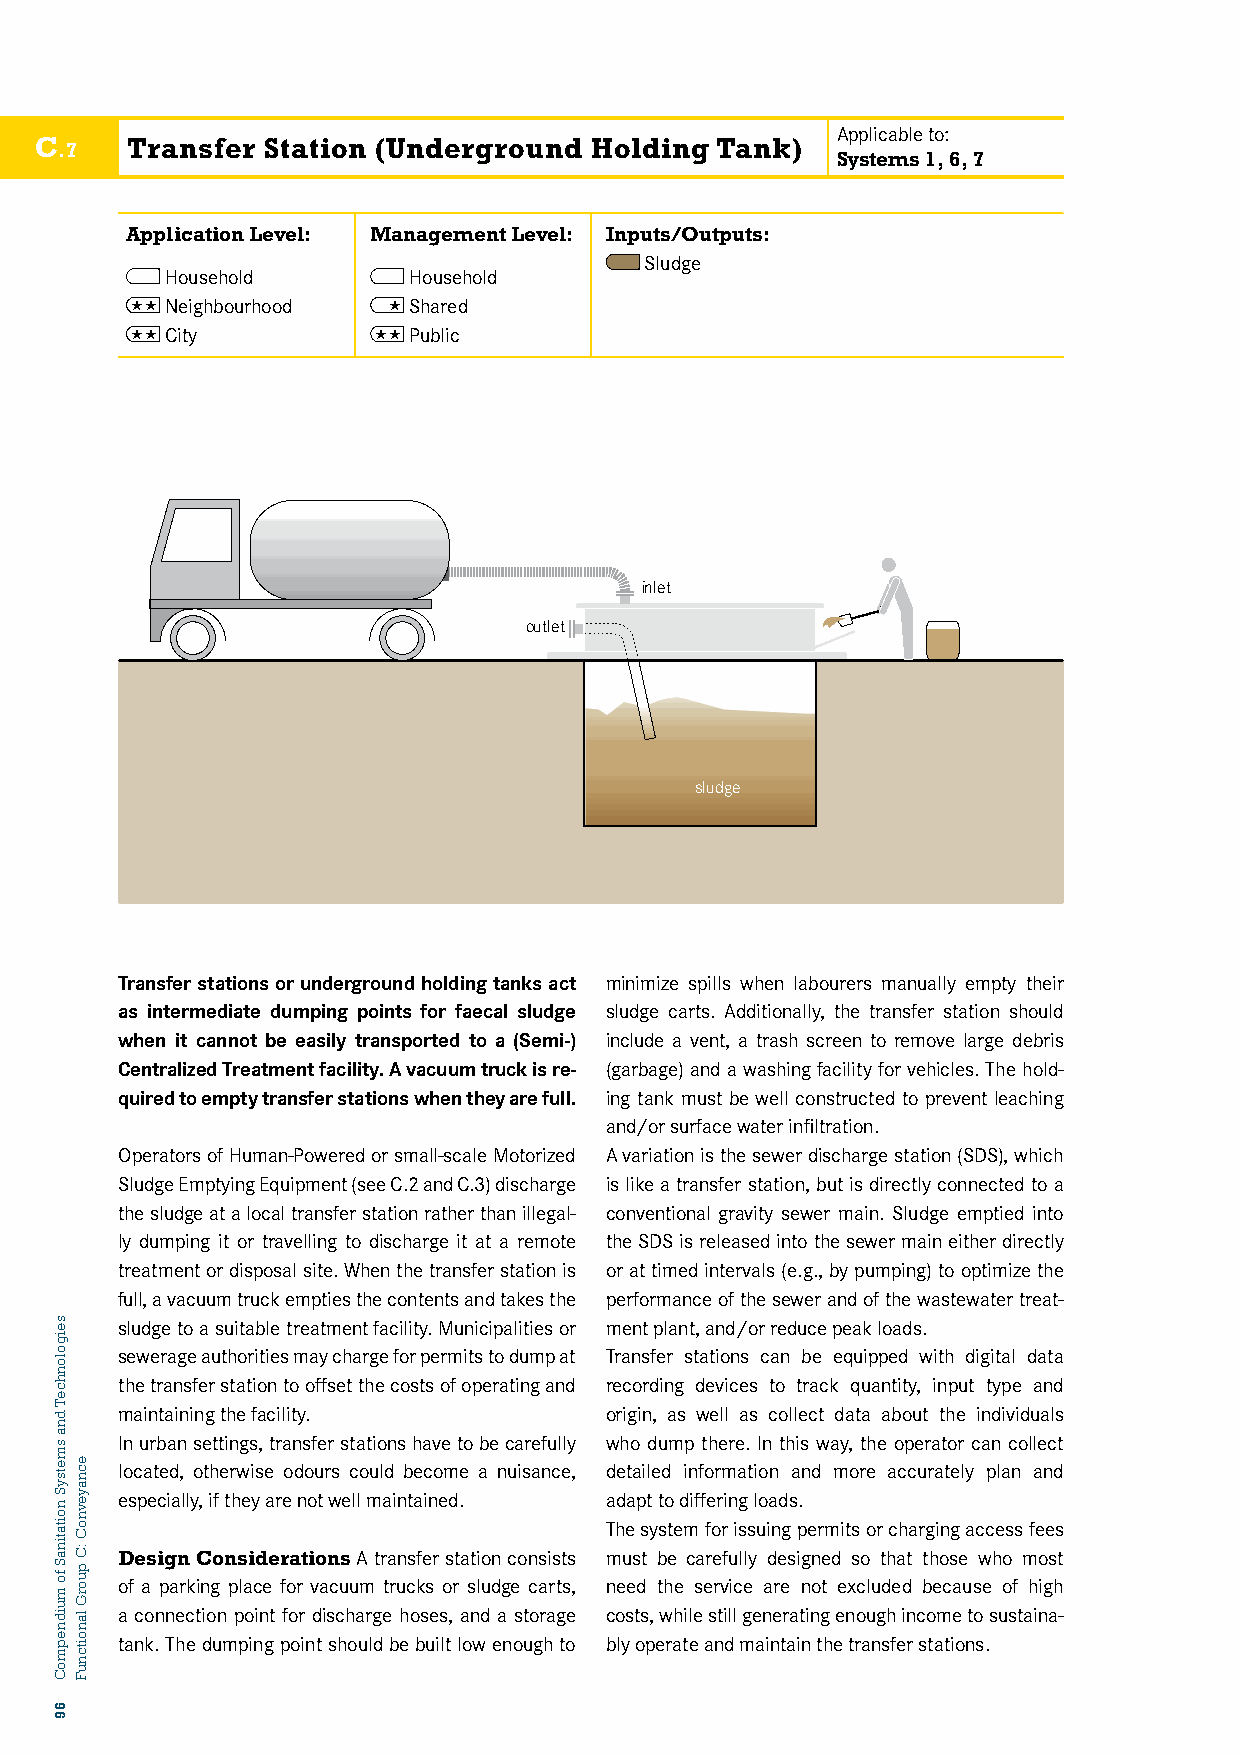
Applicable to:
 C     Transfer Station (Underground  Holding Tank)
 .7
 Systems 1, 6, 7
 Application Level: Management Level: Inputs/Outputs:
 Sludge
 Household       Household
  Neighbourhood  Shared
 C7: TCRityANSFER STATION  Public
 inlet
 outlet
 sludge
 Transfer stations or underground holding tanks act minimize spills when labourers manually empty their
 as intermediate dumping points for faecal sludge sludge carts. Additionally, the transfer station should
 when it cannot be easily transported to a (Semi-) include a vent, a trash screen to remove large debris
 Centralized Treatment facility. A vacuum truck is re- (garbage) and a washing facility for vehicles. The hold-
 Cqu8ir:e Sd EtoW eEmRp tDy ItSraCnsHfeArR sGtaEti oSnTsA wThIeOnN th ey are full. ing tank must be well constructed to prevent leaching
 and/or surface water infiltration.
 Operators of Human-Powered or small-scale Motorized A variation is the sewer discharge station (SDS), which
 Sludge Emptying Equipment (see C.2 and C.3) discharge is like a transfer station, but is directly connected to a
 the sludge at a local transfer station rather than illegal- conventional gravity sewer main. Sludge emptied into
 ly dumping it or travelling to discharge it at a remote the SDS is released into the sewer main either directly
 treatment or disposal site. When the transfer station is or at timed intervals (e.g., by pumping) to optimize the
 full, a vacuum truck empties the contents and takes the performance of the sewer and of the wastewater treat-
 sludge to a suitable treatment facility. Municipalities or ment plant, and/or reduce peak loads.
 sewerage authorities may charge for permits to dump at Transinfleert stations can be equipped with digital data
 the transfer station to offset the costs of operating and recording devices to track quantity, input type and
 maintaining the facility.       origin, as well as collect data about the individuals
 In urban settings, transfer stations have to be carefully who dump there. In this way, the operator can collect
 located, otherwise odours could become a nuisance, detailed information and more accurately plan and
 especially, if they are not well maintained. adapt to differing loads.
 The system for issuing permits or charging access fees
 Design Considerations A transfer station consists must be csalruedfguelly designed sop u tm hap t those wse hw oe r most
 of a parking place for vacuum trucks or sludge carts, need the service are not excluded because of high
 a connection point for discharge hoses, and a storage costs, while still generating enough income to sustaina-
 tank. The dumping point should be built low enough to bly operate and maintain the transfer stations.
 seigolonhceT
 dna
 smetsyS
 noitatinaS
 fo
 muidnepmoC
 69
 ecnayevnoC
 :C
 puorG
 lanoitcnuF